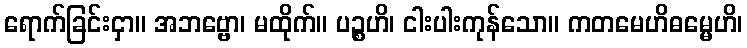
ရောက်ခြင်းငှာ။ အဘဗ္ဗော၊ မထိုက်။ ပဉ္စဟိ၊ ငါးပါးကုန်သော။ ကတမေဟိဓမ္မေဟိ၊